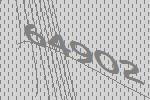
64902